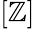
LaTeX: [\mathbb{Z}]